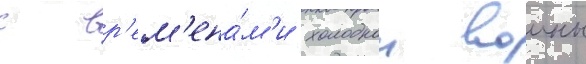
с вр'ем'ена́м'и холоднои воины